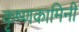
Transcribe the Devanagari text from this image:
कृष्णकामिनी